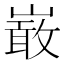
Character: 𭗐